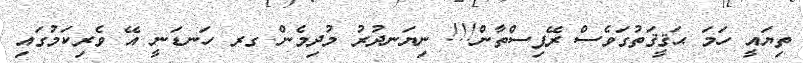
ތިޔައީ ހަމަ ޙަޤީޤަތުގަވެސް ރޭޕިސްތާން!!! ނިޔަނދުރު މުދިމެން ގރ ހަނޑަނީ އޭ ވެރިކަމުގައި